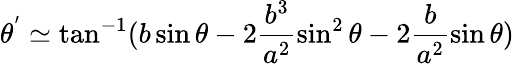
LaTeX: \theta^{'}\simeq\tan^{-1}(b\sin\theta-2\frac{b^{3}}{a^{2}}\sin^{2}\theta-2\frac{b}{a^{2}}\sin\theta)